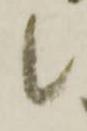
候